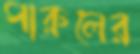
পারুলের